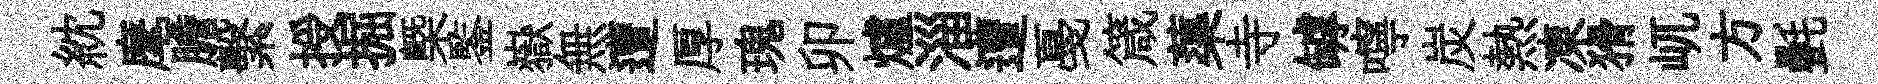
紞麾膽繫授掘槩鍳嶽無遭厚瑰卯爐淄遭戞箴蕖寺罅嚀炭熱凍猾屼方㲲